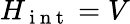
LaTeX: H_{\mathrm{~i~n~t~}}=V